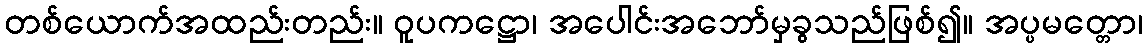
တစ်ယောက်အထည်းတည်း။ ဝူပကဋ္ဌော၊ အပေါင်းအဘော်မှခွသည်ဖြစ်၍။ အပ္ပမတ္တော၊